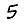
Digit: 5